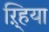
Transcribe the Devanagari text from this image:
ऱ्हिया